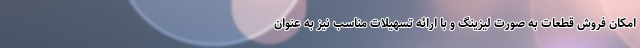
امکان فروش قطعات به صورت لیزینگ و با ارائه تسهیلات مناسب نیز به عنوان